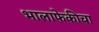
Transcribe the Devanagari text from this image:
भालाफेकीचा